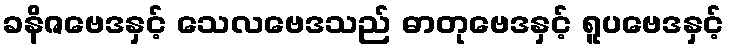
ခနိဇဗေဒနှင့် သေလဗေဒသည် ဓာတုဗေဒနှင့် ရူပဗေဒနှင့်